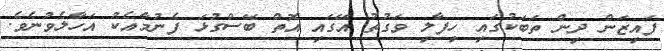
ފައިޒަން ދިން ތަބަކުގައި ހިފާލި ވަގުތު އޭގައި އޮތް ބޭސްގުޅަ ފެނުމާއެކު އަހާލެވުނެވެ.